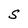
Character: S